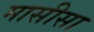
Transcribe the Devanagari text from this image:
मासीसा